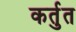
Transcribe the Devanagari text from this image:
कर्तुत